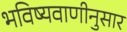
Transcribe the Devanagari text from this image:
भविष्यवाणीनुसार